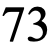
73